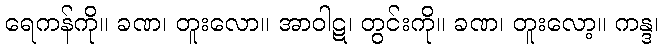
ရေကန်ကို။ ခဏ၊ တူးလော။ အာဝါဋ၊ တွင်းကို။ ခဏ၊ တူးလော့။ ကန္ဒ၊